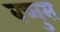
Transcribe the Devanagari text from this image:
बच्चुस